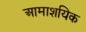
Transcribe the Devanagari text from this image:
आमाशयिक